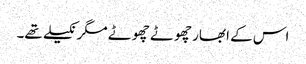
اس کے ابھار چھوٹے چھوٹے مگر نکیلے تھے۔